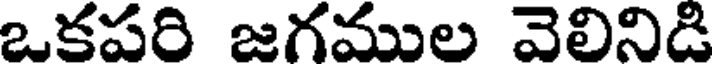
ఒకపరి జగముల వెలినిడి